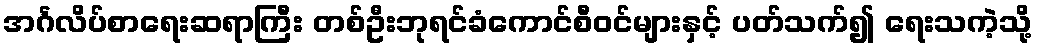
အင်္ဂလိပ်စာရေးဆရာကြီး တစ်ဦးဘုရင်ခံကောင်စီဝင်များနှင့် ပတ်သက်၍ ရေးသကဲ့သို့